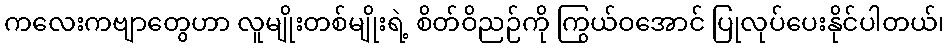
ကလေးကဗျာတွေဟာ လူမျိုးတစ်မျိုးရဲ့ စိတ်ဝိညဉ်ကို ကြွယ်ဝအောင် ပြုလုပ်ပေးနိုင်ပါတယ်၊